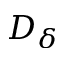
D _ { \delta }